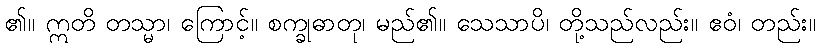
၏။ ဣတိ တသ္မာ၊ ကြောင့်။ စက္ခုဓာတု၊ မည်၏။ သေသာပိ၊ တို့သည်လည်း။ ဧဝံ၊ တည်း။